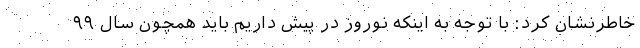
خاطرنشان کرد: با توجه به اینکه نوروز در پیش داریم باید همچون سال ۹۹